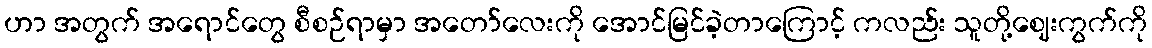
ဟာ အတွက် အရောင်တွေ စီစဉ်ရာမှာ အတော်လေးကို အောင်မြင်ခဲ့တာကြောင့် ကလည်း သူတို့ဈေးကွက်ကို